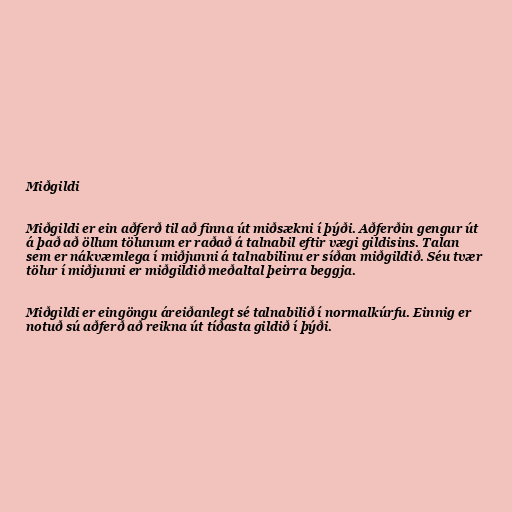
Miðgildi

Miðgildi er ein aðferð til að finna út miðsækni í þýði. Aðferðin gengur út
á það að öllum tölunum er raðað á talnabil eftir vægi gildisins. Talan
sem er nákvæmlega í miðjunni á talnabilinu er síðan miðgildið. Séu tvær
tölur í miðjunni er miðgildið meðaltal þeirra beggja.

Miðgildi er eingöngu áreiðanlegt sé talnabilið í normalkúrfu. Einnig er
notuð sú aðferð að reikna út tíðasta gildið í þýði.